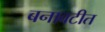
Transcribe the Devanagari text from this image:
बनावटीत